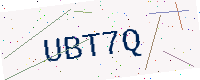
Text: UBT7Q